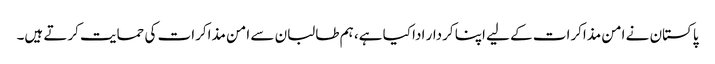
پاکستان نے امن مذاکرات کے لیے اپنا کردار ادا کیا ہے، ہم طالبان سے امن مذاکرات کی حمایت کرتے ہیں۔